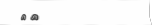
٣٣